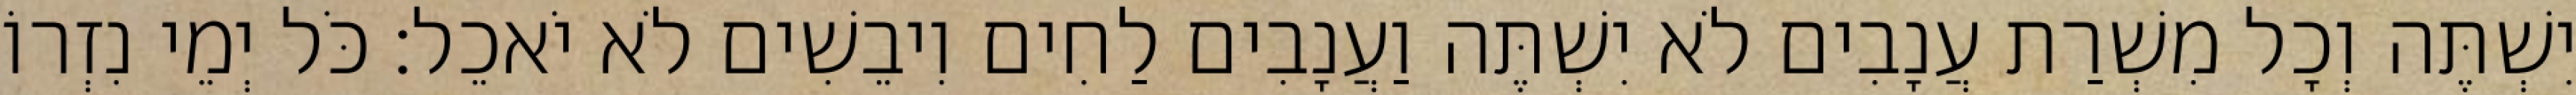
יִשְׁתֶּה וְכָל מִשְׁרַת עֲנָבִים לֹא יִשְׁתֶּה וַעֲנָבִים לַחִים וִיבֵשִׁים לֹא יֹאכֵל׃ כֹּל יְמֵי נִזְרוֹ